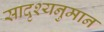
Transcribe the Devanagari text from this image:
सादृश्यनुमान